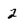
Character: 2